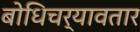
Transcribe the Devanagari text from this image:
बोधिचर्यावतार